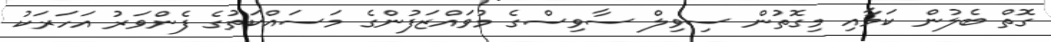
ގޮތް ބެލުން ކަމާއި މިގޮތުން ސިވިލް ސާވިސްގެ މުވައްޒަފުންގެ މަސައްކަތުގެ ފެންވަރު އަހަރަކު